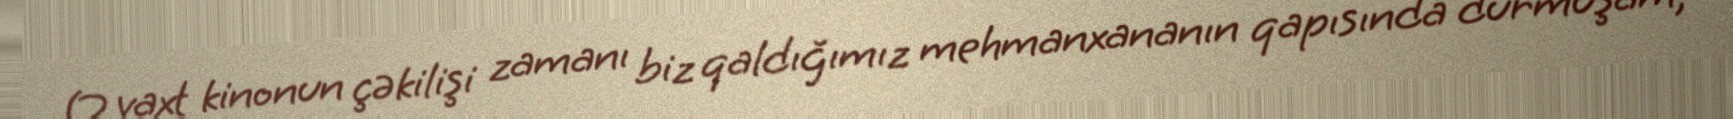
O vaxt kinonun çəkilişi zamanı biz qaldığımız mehmanxananın qapısında durmuşam,